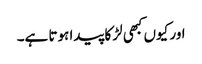
اور کیوں کبھی لڑکا پیدا ہوتا ہے۔